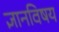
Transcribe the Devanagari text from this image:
ज्ञानविषय